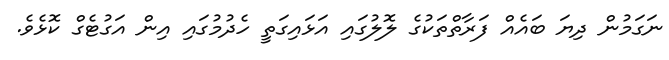
ނަގަމުން ދިޔަ ބައެއް ފަރާތްތަކުގެ ލޮލުގައި އަޅައިގަތީ ހެދުމުގައި އިން އަގުޓެގް ކޮޅެވެ.